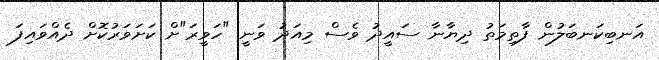
އަނބިކަނބަލުން ފާތިމަތު ދިޔާނާ ސައީދު ވެސް މިއަދު ވަނީ "ހަވީރަ"ށް ކަށަވަރުކޮށް ދެއްވައިފަ